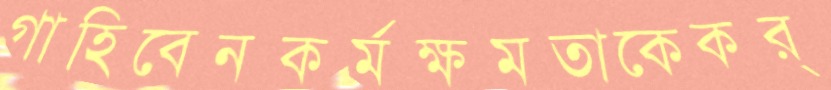
গাহিবেনকর্মক্ষমতাকেকর্